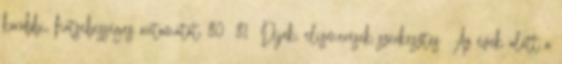
korábbi, hatsebességes automatát. 80 81 Díjak, elismerések szerkesztés Az évek alatt a